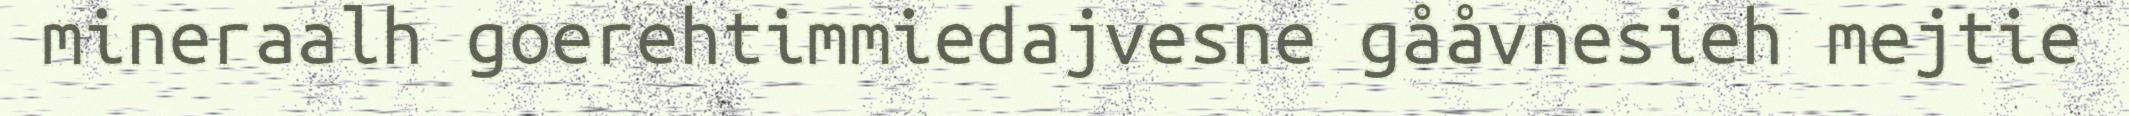
mineraalh goerehtimmiedajvesne gååvnesieh mejtie